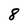
Character: 8